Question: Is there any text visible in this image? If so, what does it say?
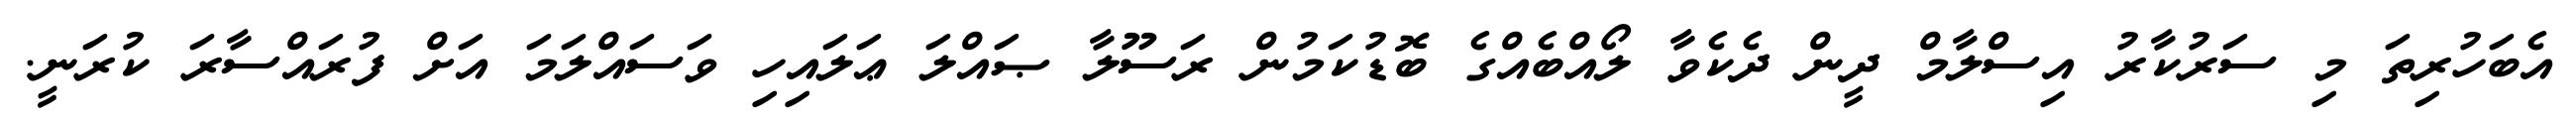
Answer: އެބަހުރިތަ މި ސަރުކާރު އިސްލާމް ދީން ދެކެވާ ލޯއްބެއްގެ ބޮޑުކަމުން ރަސޫލާ ޞައްލަ ޢަލައިހި ވަސައްލަމަ އަށް ފުރައްސާރަ ކުރަނީ.